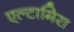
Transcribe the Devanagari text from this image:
एल्टामिरा